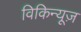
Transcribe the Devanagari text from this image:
विकिन्यूज़